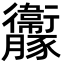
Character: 𧲝